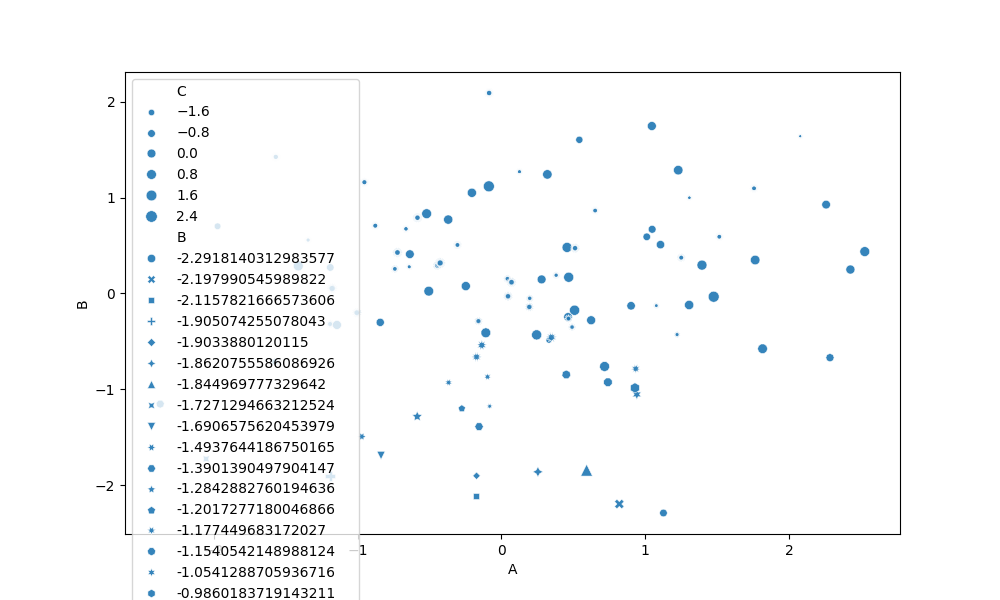
python, seaborn, scatterplot, hue='None', style='B', size='C', palette='muted', alpha=0.9